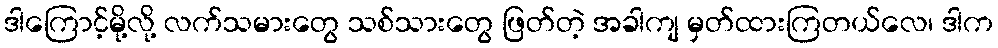
ဒါကြောင့်မို့လို့ လက်သမားတွေ သစ်သားတွေ ဖြတ်တဲ့ အခါကျ မှတ်ထားကြတယ်လေ၊ ဒါက